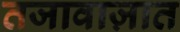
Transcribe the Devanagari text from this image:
तजावाज़ात